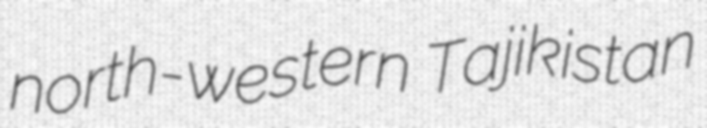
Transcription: north-western Tajikistan